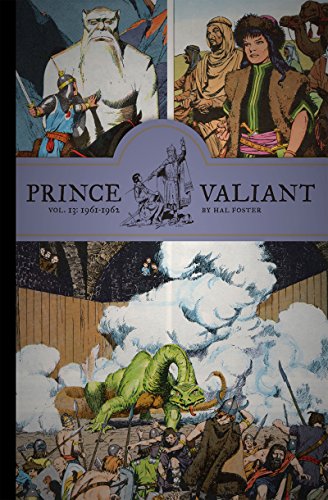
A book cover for Prince Valiant Vol. 13: 1961-1962 (Vol. 13)  (Prince Valiant); Hal Foster; Comics & Graphic Novels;